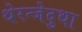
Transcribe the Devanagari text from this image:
थेरन्जेदुथा